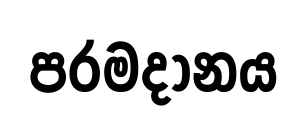
පරමදානය